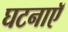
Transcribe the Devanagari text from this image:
घटनाएॅ